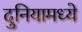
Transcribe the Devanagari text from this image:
दुनियामध्ये